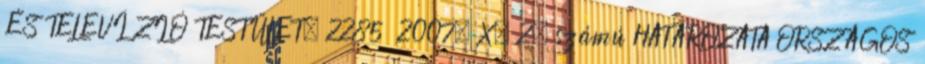
ÉS TELEVÍZIÓ TESTÜLET. 2285 2007. X. 2. számú HATÁROZATA ORSZÁGOS